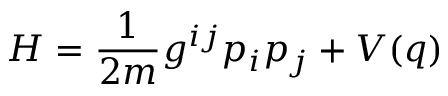
H = \frac { 1 } { 2 m } g ^ { i j } p _ { i } p _ { j } + V ( q )